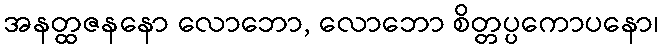
အနတ္ထဇနနော လောဘော, လောဘော စိတ္တပ္ပကောပနော၊